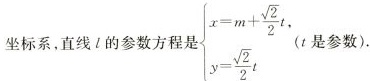
坐标系，直线l的参数方程是$$\begin{cases}